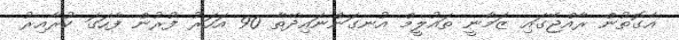
އެގޮތުން ރާއްޖޭގައި ޒަމާނީ ތައުލީމް އުނގަންނައިދޭތާ 90 އަހަރު ފުރުން ފާހަގަ ކުރާއިރު